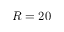
R = 2 0